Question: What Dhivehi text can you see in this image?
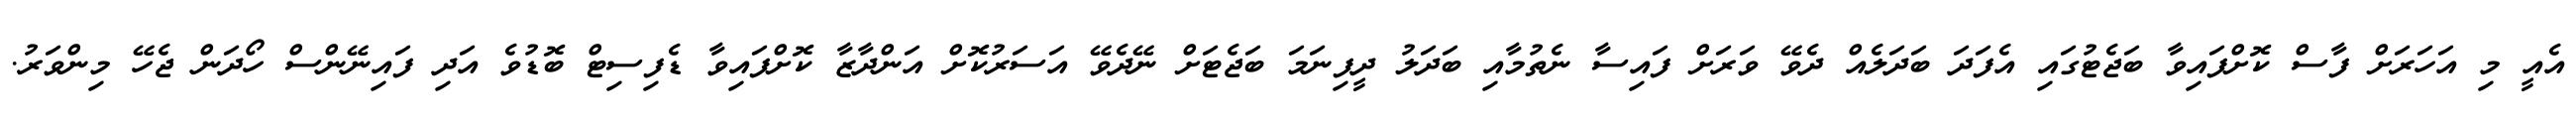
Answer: އެއީ މި އަހަރަށް ފާސް ކޮށްފައިވާ ބަޖެޓުގައި އެފަދަ ބަދަލެއް ދެވޭ ވަރަށް ފައިސާ ނެތުމާއި ބަދަލު ދީފިނަމަ ބަޖެޓަށް ނޭދެވޭ އަސަރުކޮށް އަންދާޒާ ކޮށްފައިވާ ޑެފިސިޓް ބޮޑުވެ އަދި ފައިނޭންސް ހޯދަން ޖެހޭ މިންވަރު.